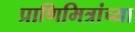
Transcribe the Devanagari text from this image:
प्राणिमित्रांच्या